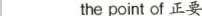
___the point of 正要